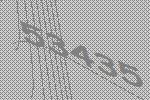
53435